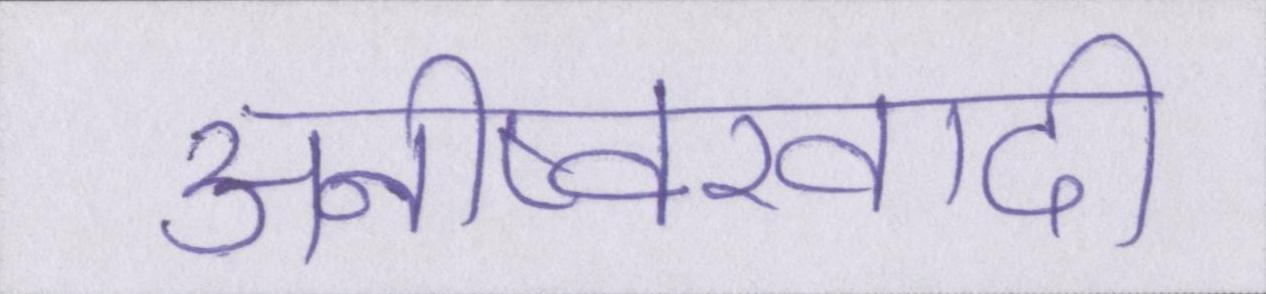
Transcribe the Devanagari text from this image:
अनीष्वरवादी